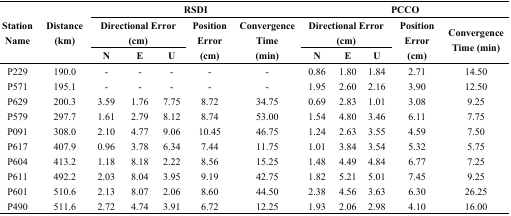
<table><thead><tr><td rowspan="3"><b>Station Name</b></td><td rowspan="3"><b>Distance (km)</b></td><td colspan="5"><b>RSDI</b></td><td colspan="5"><b>PCCO</b></td></tr><tr><td colspan="3"><b>Directional Error (cm)</b></td><td rowspan="2"><b>Position Error (cm)</b></td><td rowspan="2"><b>Convergence Time (min)</b></td><td colspan="3"><b>Directional Error (cm)</b></td><td rowspan="2"><b>Position Error (cm)</b></td><td rowspan="2"><b>Convergence Time (min)</b></td></tr><tr><td><b>N</b></td><td><b>E</b></td><td><b>U</b></td><td><b>N</b></td><td><b>E</b></td><td><b>U</b></td></tr></thead><tbody><tr><td>P229</td><td>190.0</td><td>-</td><td>-</td><td>-</td><td>-</td><td>-</td><td>0.86</td><td>1.80</td><td>1.84</td><td>2.71 </td><td>14.50</td></tr><tr><td>P571</td><td>195.1</td><td>-</td><td>-</td><td>-</td><td>-</td><td>-</td><td>1.95</td><td>2.60</td><td>2.16</td><td>3.90 </td><td>12.50</td></tr><tr><td>P629</td><td>200.3</td><td>3.59</td><td>1.76</td><td>7.75</td><td>8.72</td><td>34.75</td><td>0.69</td><td>2.83</td><td>1.01</td><td>3.08 </td><td>9.25</td></tr><tr><td>P579</td><td>297.7</td><td>1.61</td><td>2.79</td><td>8.12</td><td>8.74</td><td>53.00</td><td>1.54</td><td>4.80</td><td>3.46</td><td>6.11 </td><td>7.75</td></tr><tr><td>P091</td><td>308.0</td><td>2.10</td><td>4.77</td><td>9.06</td><td>10.45</td><td>46.75</td><td>1.24</td><td>2.63</td><td>3.55</td><td>4.59 </td><td>7.50</td></tr><tr><td>P617</td><td>407.9</td><td>0.96</td><td>3.78</td><td>6.34</td><td>7.44</td><td>11.75</td><td>1.01</td><td>3.84</td><td>3.54</td><td>5.32 </td><td>5.75</td></tr><tr><td>P604</td><td>413.2</td><td>1.18</td><td>8.18</td><td>2.22</td><td>8.56</td><td>15.25</td><td>1.48</td><td>4.49</td><td>4.84</td><td>6.77 </td><td>7.25</td></tr><tr><td>P611</td><td>492.2</td><td>2.03</td><td>8.04</td><td>3.95</td><td>9.19</td><td>42.75</td><td>1.82</td><td>5.21</td><td>5.01</td><td>7.45 </td><td>9.25</td></tr><tr><td>P601</td><td>510.6</td><td>2.13</td><td>8.07</td><td>2.06</td><td>8.60</td><td>44.50</td><td>2.38</td><td>4.56</td><td>3.63</td><td>6.30 </td><td>26.25</td></tr><tr><td>P490</td><td>511.6</td><td>2.72</td><td>4.74</td><td>3.91</td><td>6.72</td><td>12.25</td><td>1.93</td><td>2.06</td><td>2.98</td><td>4.10 </td><td>16.00</td></tr></tbody></table>